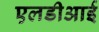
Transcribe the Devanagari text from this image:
एलडीआई